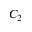
C _ { 2 }